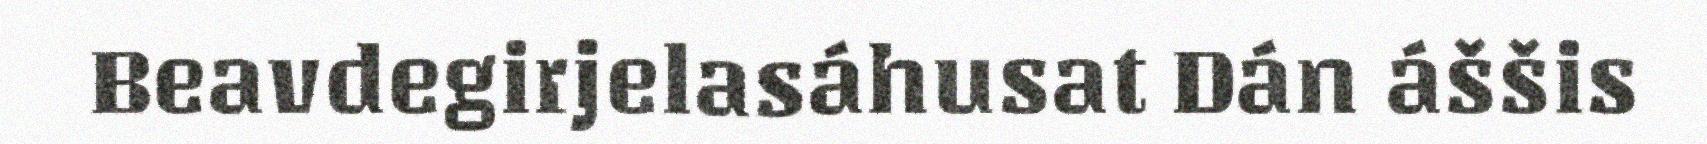
Beavdegirjelasáhusat Dán áššis